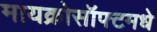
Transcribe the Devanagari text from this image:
मायक्रोसॉफ्टमधे